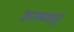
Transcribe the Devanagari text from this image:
अरुग्वत्